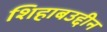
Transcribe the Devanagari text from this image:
शिहाबउद्दीन